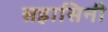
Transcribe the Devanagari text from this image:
सहासिनी